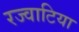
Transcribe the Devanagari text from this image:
रज्वाटिया